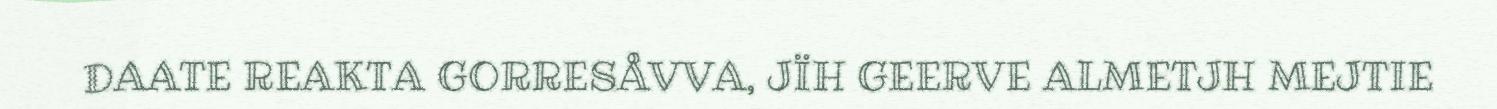
DAATE REAKTA GORRESÅVVA, JÏH GEERVE ALMETJH MEJTIE